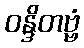
ဝန္ဒိတဗ္ဗံ